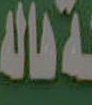
قاله